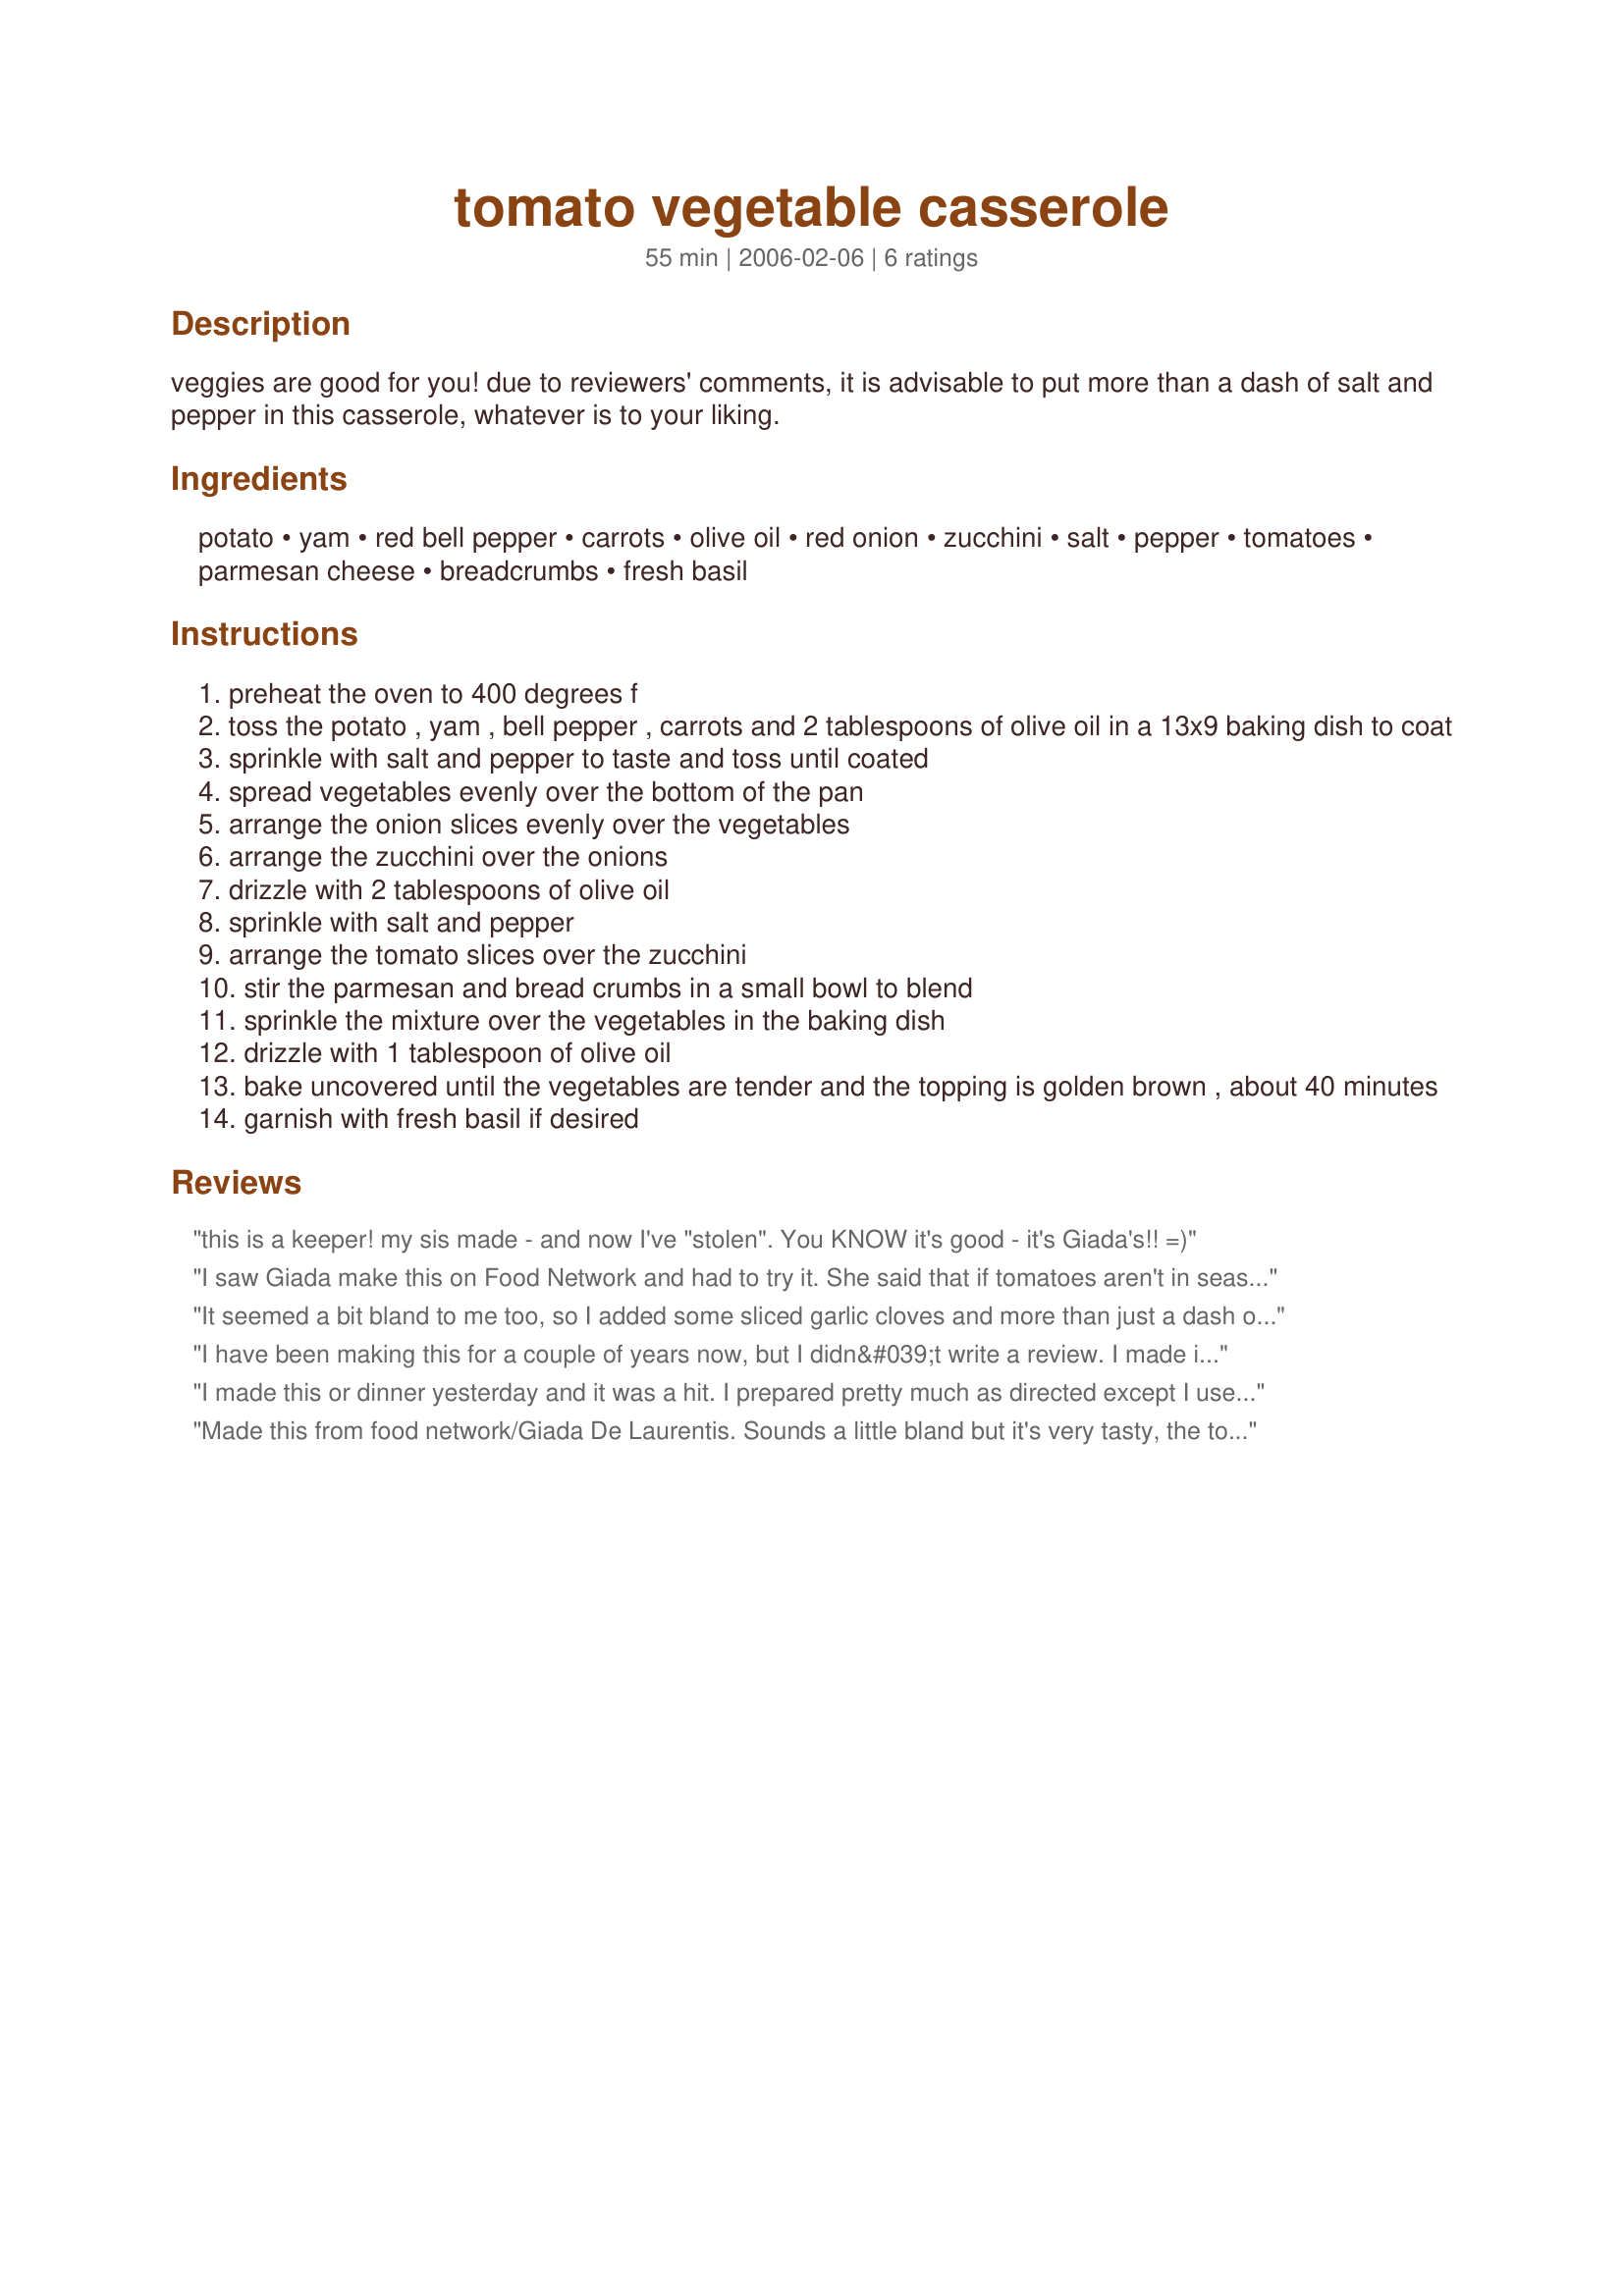
tomato vegetable casserole
Preparation time: 55 minutes

veggies are good for you! due to reviewers' comments, it is advisable to put more than a dash of salt and pepper in this casserole, whatever is to your liking.

Ingredients:
potato, yam, red bell pepper, carrots, olive oil, red onion, zucchini, salt, pepper, tomatoes, parmesan cheese, breadcrumbs, fresh basil

Steps:
preheat the oven to 400 degrees f
toss the potato , yam , bell pepper , carrots and 2 tablespoons of olive oil in a 13x9 baking dish to coat
sprinkle with salt and pepper to taste and toss until coated
spread vegetables evenly over the bottom of the pan
arrange the onion slices evenly over the vegetables
arrange the zucchini over the onions
drizzle with 2 tablespoons of olive oil
sprinkle with salt and pepper
arrange the tomato slices over the zucchini
stir the parmesan and bread crumbs in a small bowl to blend
sprinkle the mixture over the vegetables in the baking dish
drizzle with 1 tablespoon of olive oil
bake uncovered until the vegetables are tender and the topping is golden brown , about 40 minutes
garnish with fresh basil if desired

Reviews:
this is a keeper! my sis made - and now I've "stolen". You KNOW it's good - it's Giada's!! =)
I saw Giada make this on Food Network and had to try it. She said that if tomatoes aren't in season, feel free to use tomato sauce instead. I used a jarred roasted garlic flavor marinara sauce, and I feel it gave the dish the extra flavor it needed. I also used a sweet potato instead of a yam (what I had on hand) and also gluten-free cornflake crumbs instead of breadcrumbs. The crust (of course!) is the best part. Thank you for posting!
It seemed a bit bland to me too, so I added some sliced garlic cloves and more than just a dash of salt. To make this lighter, I only used about 1 tablespoon oil overall, and as a result it was a bit dry but that was me of course and no fault of recipe. I did slice the yam more thinly than the potato and left in the oven for an extra 5 minutes. I recommend 45-50 minutes oven time, depending on how well you like your veggies cooked. Thanks!
I have been making this for a couple of years now, but I didn&#039;t write a review. I made it again yesterday for company and they loved it. I doubled the recipe and also added a teaspoon of granulated garlic, just because I love garlic. It is absolutely delicious. Thanks for the recipe, it is a keeper.
I made this or dinner yesterday and it was a hit. I prepared pretty much as directed except I used baby carrots instead of sliced, grape tomatoes instead of tomato slices. (what I had on hand) I also did not have fresh basil and added dried basil to the breadcrumbs I made from homemade bread. Since my b/f and I are very fond of cheese, I added shredded mozzarela to the top the last 5 minutes of baking. Thanks so much for posting! :)
Made this from food network/Giada De Laurentis. Sounds a little bland but it's very tasty, the tomatoes and onions blend with the root veggies for a flavorful and light dish. It's very nice. Make sure your yam is cut small as it takes a little longer to cook than the potato. You'll need more than a dash of salt. I could see this served at a Thanksgiving dinner or other family get-together.
